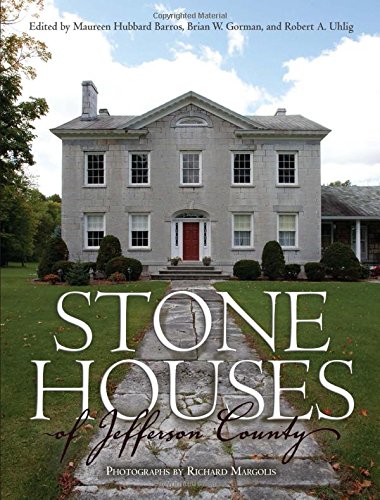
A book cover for Stone Houses of Jefferson County (New York State Series); Arts & Photography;